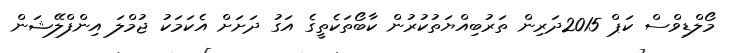
މޯލްޑިވްސް ކަޕް 2015ދަރިން ތަރުބިއްޔަތުކުރުން ކާބޯތަކެތީގެ އަގު ދަށަށް އެކަމަކު ޖުމްލަ އިންފްލޭޝަން